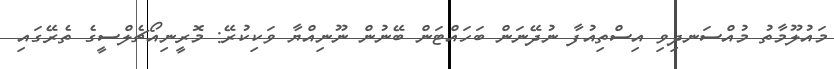
މައުލޫމާތު މުއްސަނދިވި އިސްތިއުފާ ނުދޭނަން ބަހައްޓަން ބޭނުން ނޫނިއްޔާ ވަކިކުރޭ: މޮރީނިއޯޗެލްސީގެ ތެރޭގައި